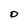
Character: O